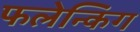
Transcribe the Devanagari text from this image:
फलेन्किंग